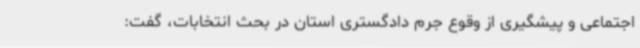
اجتماعی و پیشگیری از وقوع جرم دادگستری استان در بحث انتخابات، گفت: